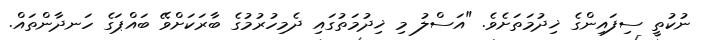
ނުކުތީ ސިފައިންގެ ޚިދުމަތަށެވެ. "އަސްލު މި ޚިދުމަތުގައި ދެމިހުރުމުގެ ބާރަކަށްވޭ ބައްޕަގެ ހަނދާންތައް.